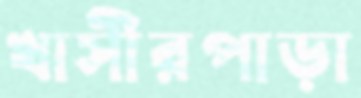
খাসীরপাড়া